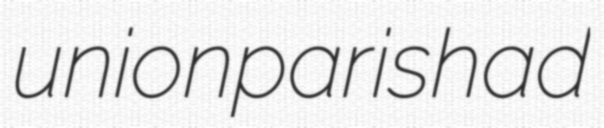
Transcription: union parishad